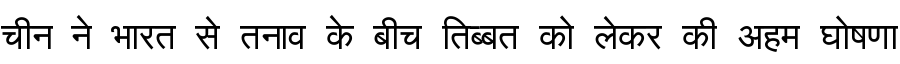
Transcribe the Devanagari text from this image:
चीन ने भारत से तनाव के बीच तिब्बत को लेकर की अहम घोषणा